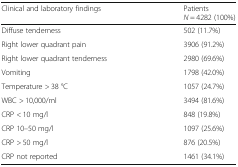
<table><thead><tr><td><b>Clinical and laboratory findings</b></td><td><b>Patients<i>N</i> = 4282 (100%)</b></td></tr></thead><tbody><tr><td>Diffuse tenderness</td><td>502 (11.7%)</td></tr><tr><td>Right lower quadrant pain</td><td>3906 (91.2%)</td></tr><tr><td>Right lower quadrant tenderness</td><td>2980 (69.6%)</td></tr><tr><td>Vomiting</td><td>1798 (42.0%)</td></tr><tr><td>Temperature &gt; 38 °C</td><td>1057 (24.7%)</td></tr><tr><td>WBC &gt; 10,000/ml</td><td>3494 (81.6%)</td></tr><tr><td>CRP &lt; 10 mg/l</td><td>848 (19.8%)</td></tr><tr><td>CRP 10–50 mg/l</td><td>1097 (25.6%)</td></tr><tr><td>CRP &gt; 50 mg/l</td><td>876 (20.5%)</td></tr><tr><td>CRP not reported</td><td>1461 (34.1%)</td></tr></tbody></table>